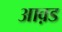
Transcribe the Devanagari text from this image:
आव़ड